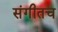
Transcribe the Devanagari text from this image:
संगीतच